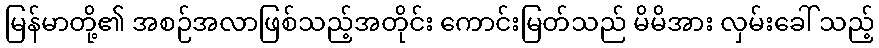
မြန်မာတို့၏ အစဉ်အလာဖြစ်သည့်အတိုင်း ကောင်းမြတ်သည် မိမိအား လှမ်းခေါ် သည့်